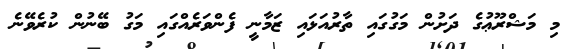
މި މަޝްރޫޢުގެ ދަށުން މަގުގައި ތާރުއަޅައި ޒަމާނީ ފެންވަރެއްގައި މަގު ބޭނުން ކުރެވޭނެ